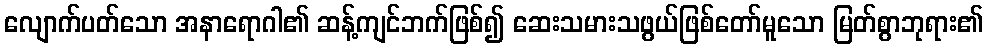
လျောက်ပတ်သော အနာရောဂါ၏ ဆန့်ကျင်ဘက်ဖြစ်၍ ဆေးသမားသဖွယ်ဖြစ်တော်မူသော မြတ်စွာဘုရား၏